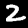
Label: 2